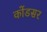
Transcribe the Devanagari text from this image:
कोंडसर